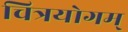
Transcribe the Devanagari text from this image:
चित्रयोगम्